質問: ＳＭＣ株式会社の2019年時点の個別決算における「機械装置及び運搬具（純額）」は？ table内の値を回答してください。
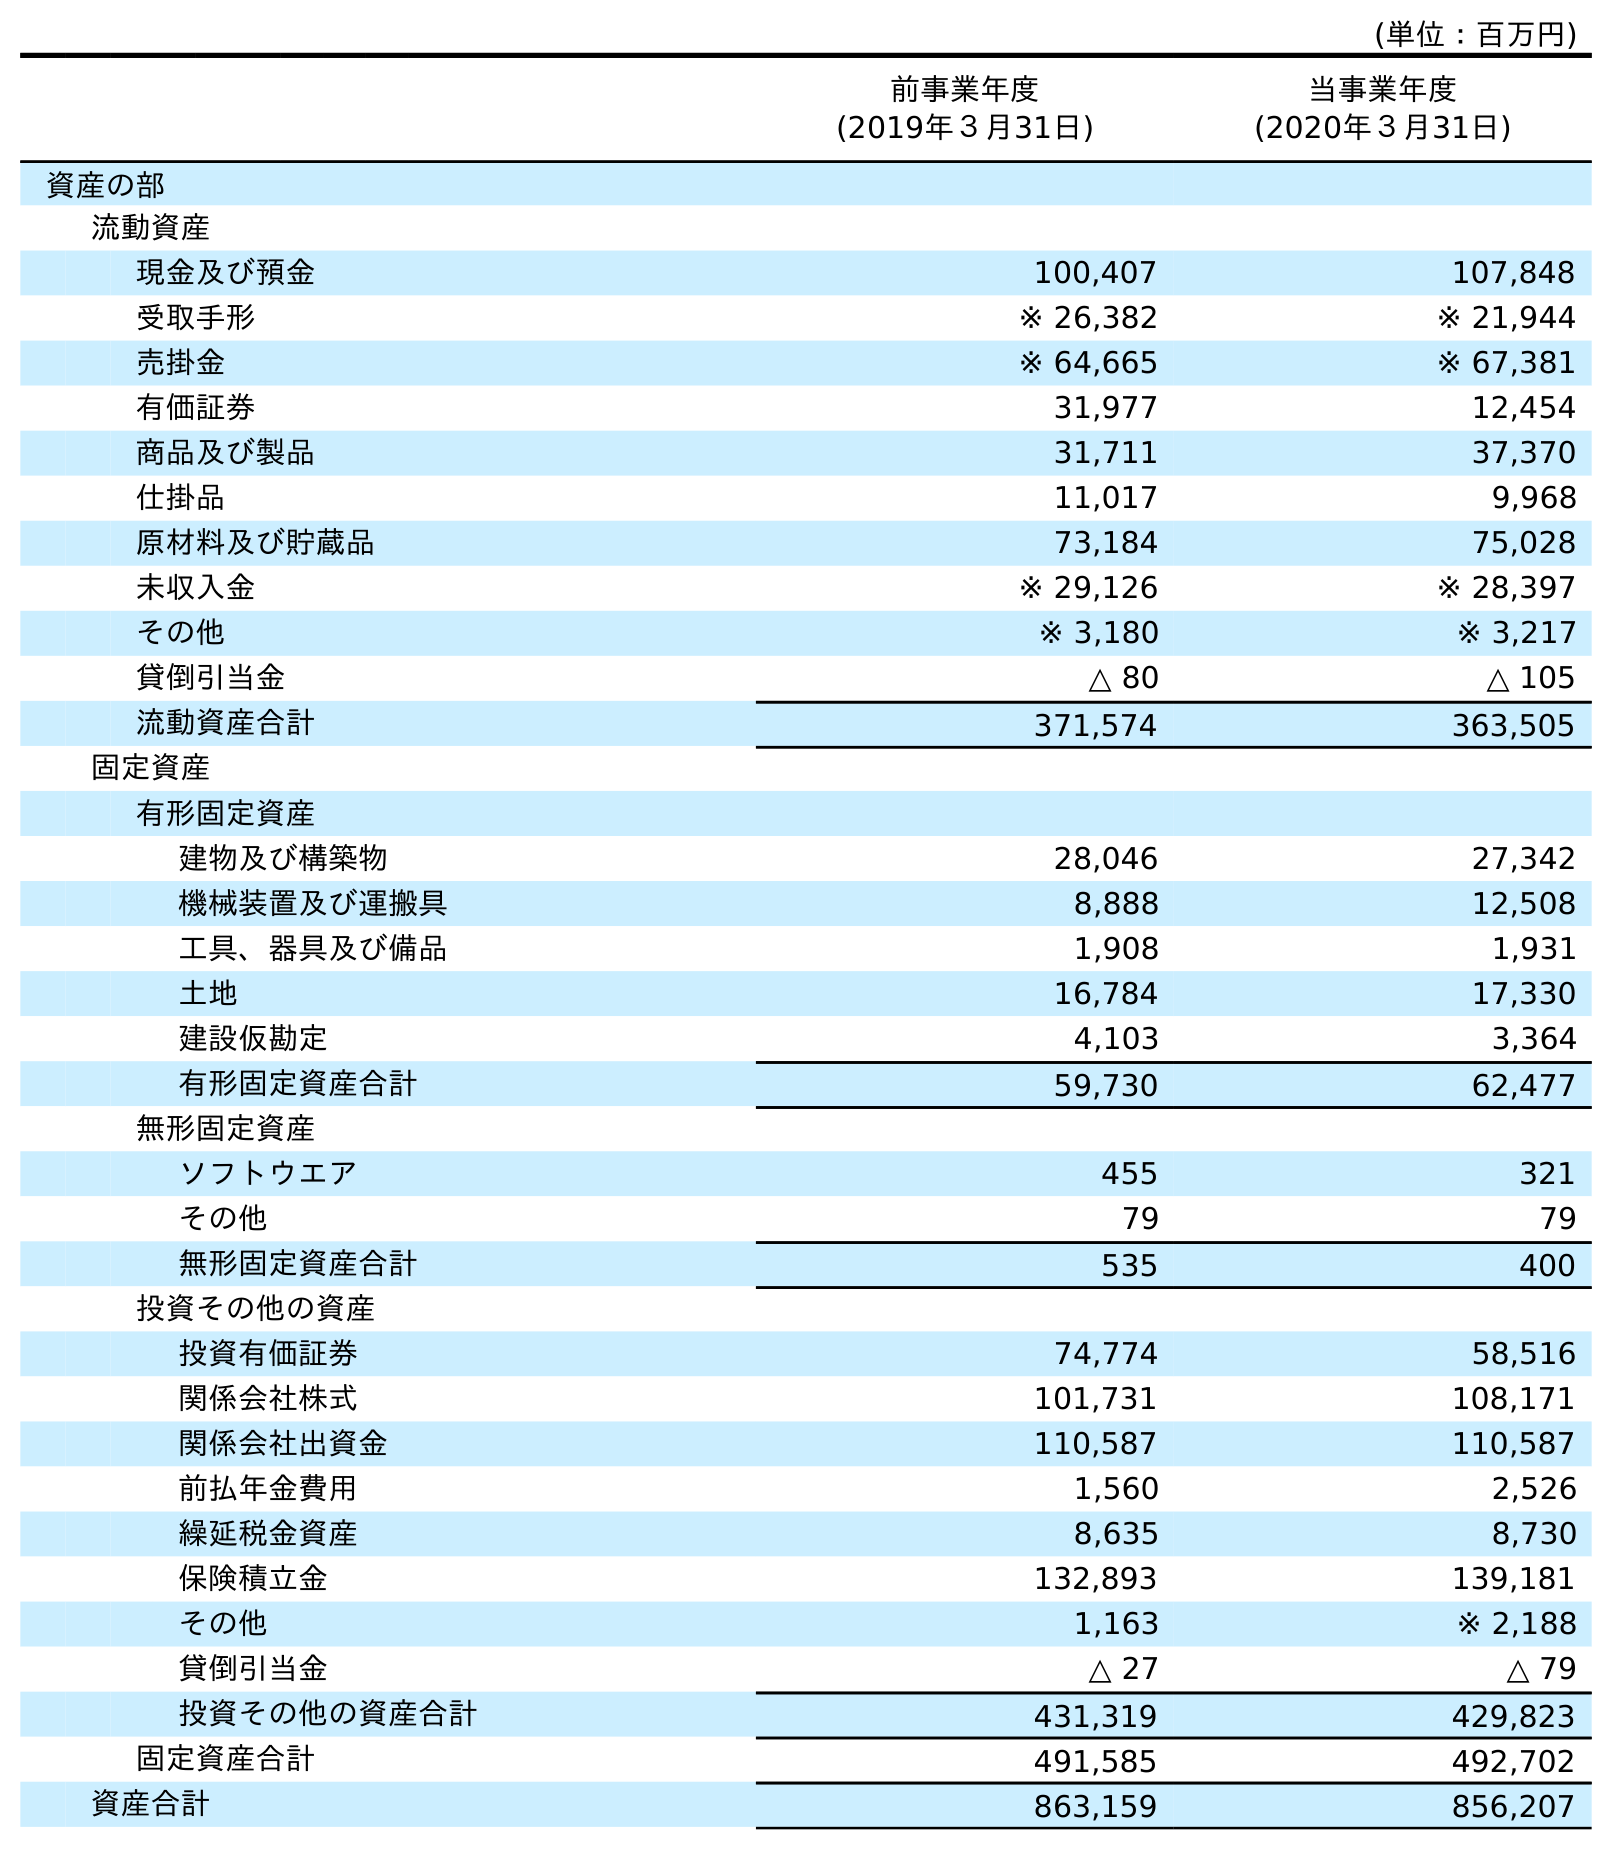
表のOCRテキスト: (単位：百万円) 前事業年度 (2019年３月31日) 当事業年度 (2020年３月31日) 資産の部 流動資産 現金及び預金 100,407 107,848 受取手形 ※ 26,382 ※ 21,944 売掛金 ※ 64,665 ※ 67,381 有価証券 31,977 12,454 商品及び製品 31,711 37,370 仕掛品 11,017 9,968 原材料及び貯蔵品 73,184 75,028 未収入金 ※ 29,126 ※ 28,397 その他 ※ 3,180 ※ 3,217 貸倒引当金 △ 80 △ 105 流動資産合計 371,574 363,505 固定資産 有形固定資産 建物及び構築物 28,046 27,342 機械装置及び運搬具 8,888 12,508 工具、器具及び備品 1,908 1,931 土地 16,784 17,330 建設仮勘定 4,103 3,364 有形固定資産合計 59,730 62,477 無形固定資産 ソフトウエア 455 321 その他 79 79 無形固定資産合計 535 400 投資その他の資産 投資有価証券 74,774 58,516 関係会社株式 101,731 108,171 関係会社出資金 110,587 110,587 前払年金費用 1,560 2,526 繰延税金資産 8,635 8,730 保険積立金 132,893 139,181 その他 1,163 ※ 2,188 貸倒引当金 △ 27 △ 79 投資その他の資産合計 431,319 429,823 固定資産合計 491,585 492,702 資産合計 863,159 856,207
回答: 8,888